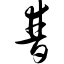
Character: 普